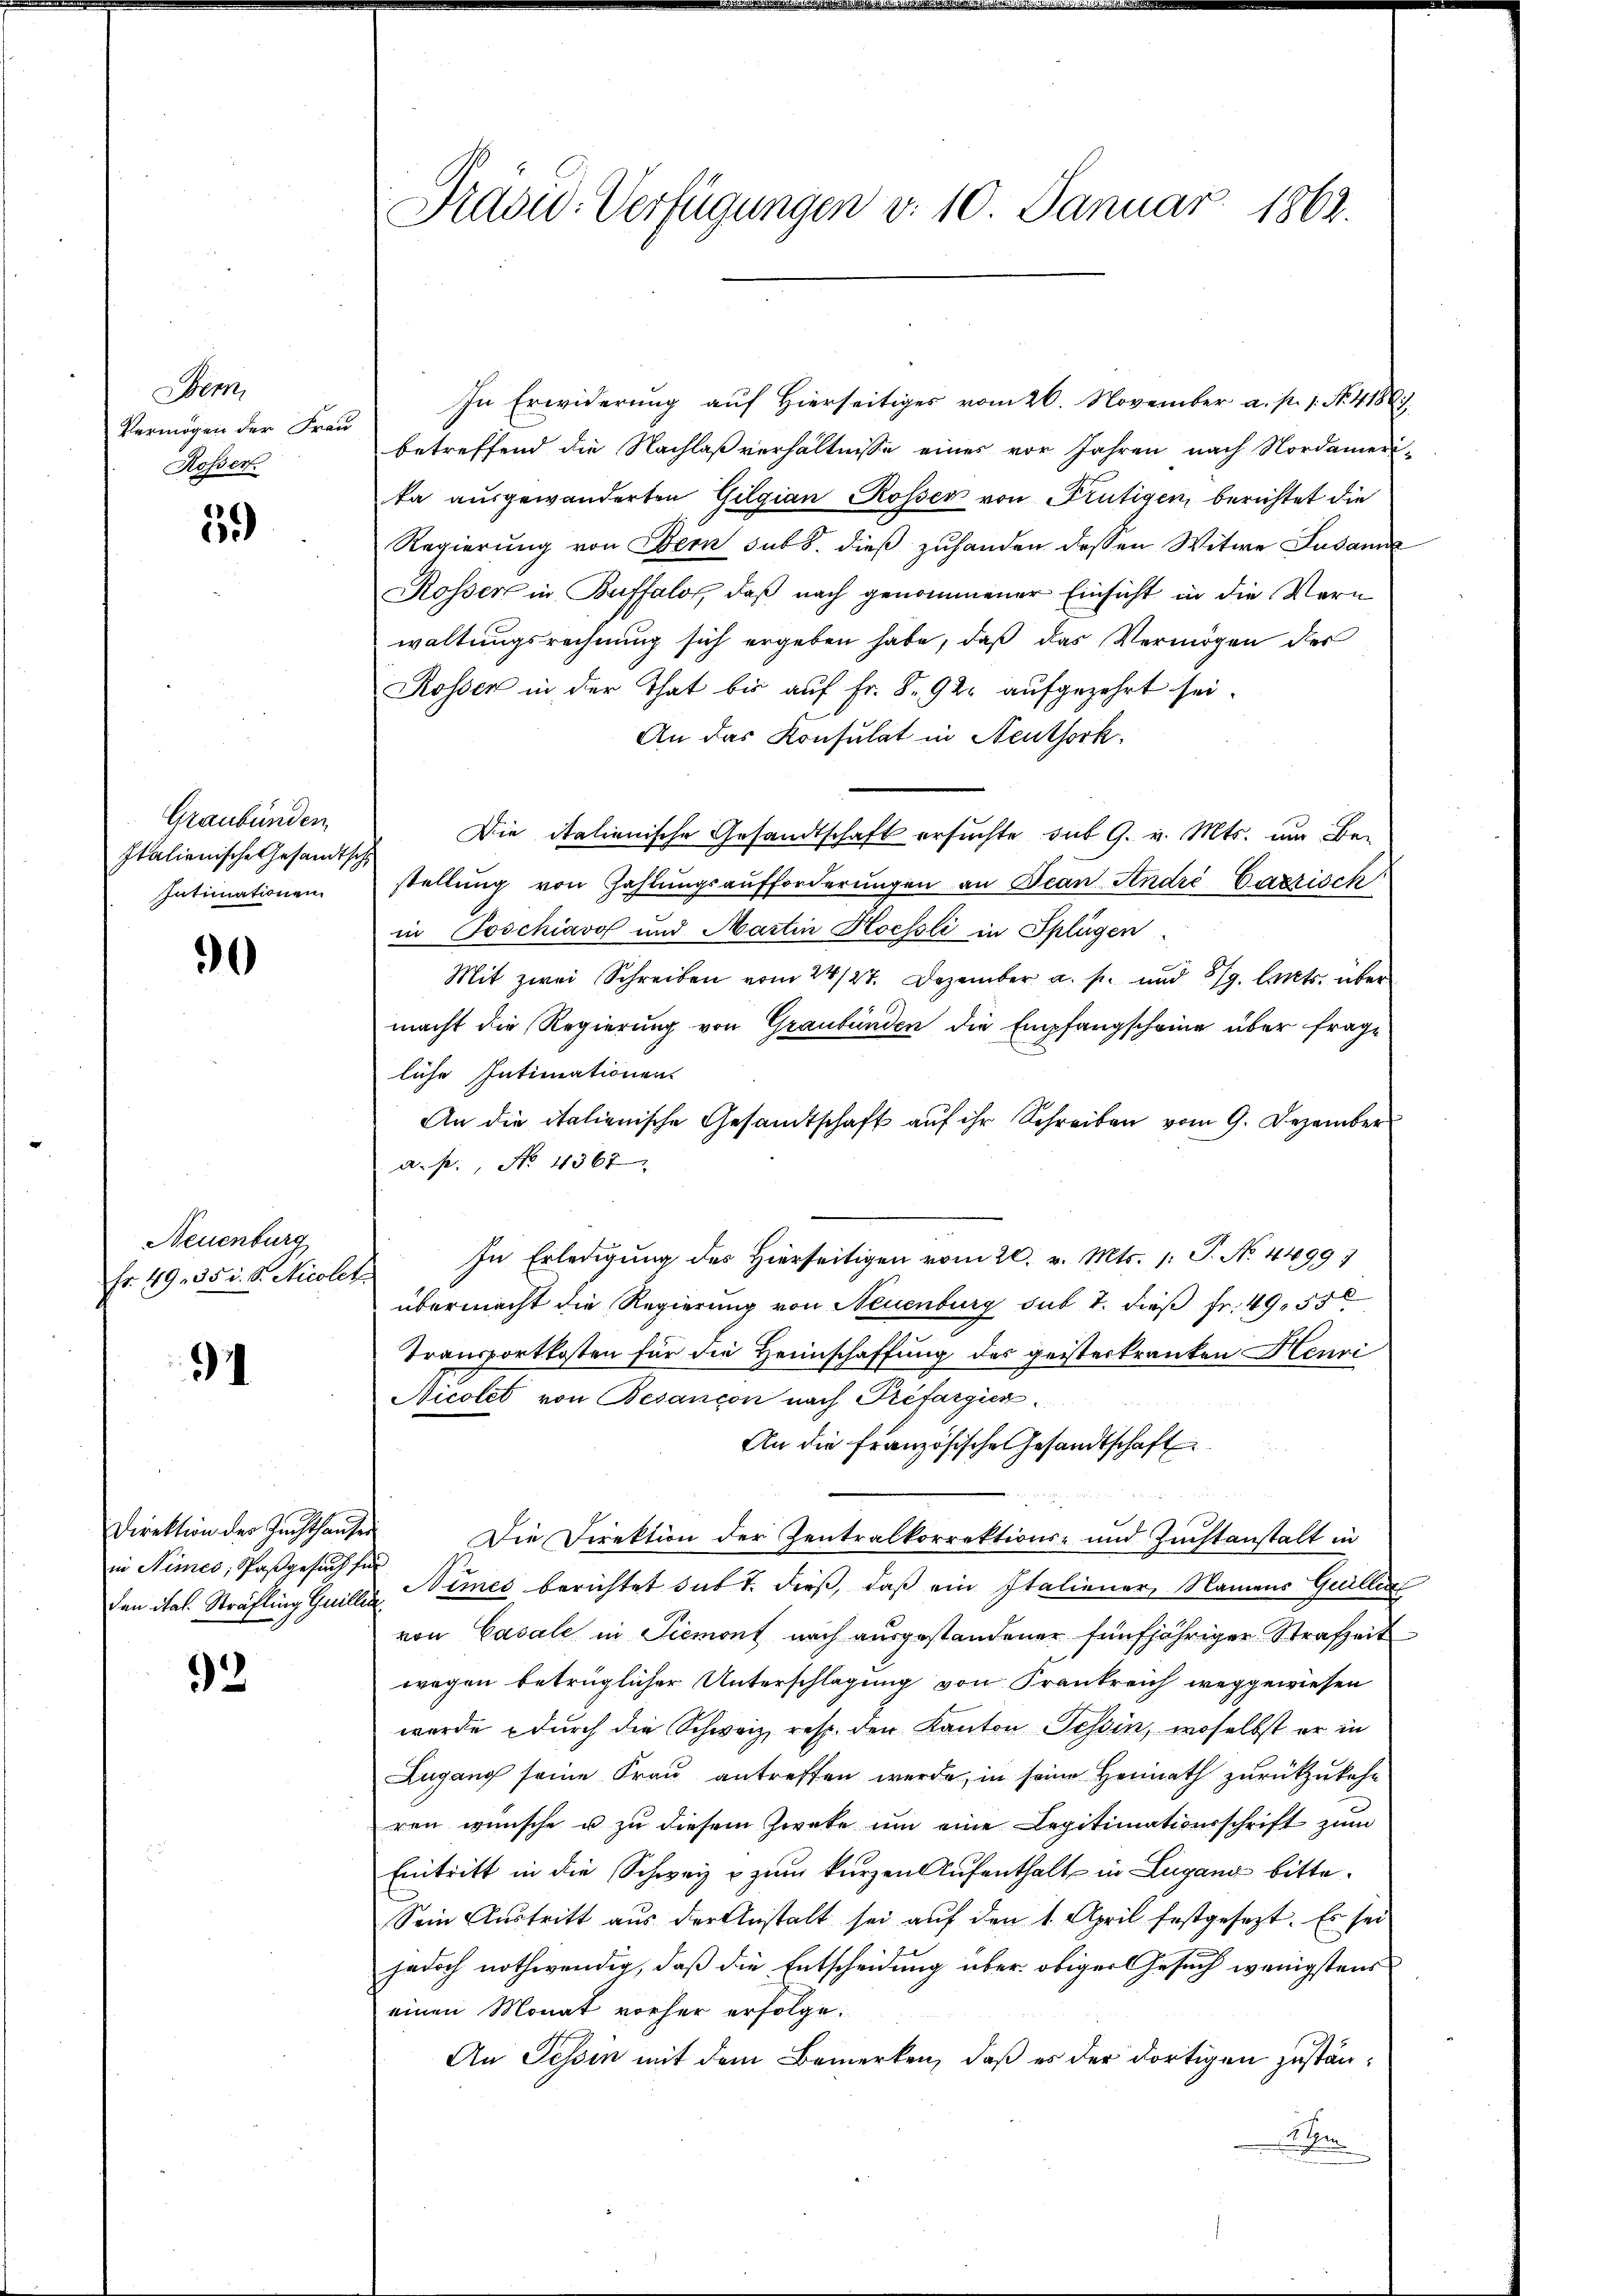
Sem
Vermögen der Frau
Rosser.

39)

Graubünden
Italienische Gesandtsche
Intimationen.

0

Neuenburg
Fr. 49. 35 v. 8. Nicolet

.

Direktion der Zuchthauser
in Nimes, Paßgesuch für

92

Präsid. Verfügungen v. 10. Januar 1862.

In Erwiderung auf Hierseitiges vom 26. November a. p. 1. No. 41887
betreffend die Nachlaßverhältnisse eines vor Jahren nach Nordamerita ausgewanderten Gilgian Rosser von Frutigen, berichtet die
Regierung von Bern sub 8. dieβ zŭ handen dessen Witwe Susanne
Rosser in Buffalos, daß nach genommener Einsicht in die Warn
waltungsrechnŭng sich ergeben habe, daß das Vermögen des
Rossen in der That bis auf Fr. S. 92. aufgezehrt sei.
An das Konsulat in Neuthork
Die italienische Gesandtschaft ersuchte sub 9. v. Mts. um Be-
stellung von Zahlungsaufforderungen an Bean André Gazzisch
in Poschiavo und Martin Hochsli in Splügen.
Mit zwei Schreiben vom 24/27. Dezember a. s. und 579. Cts. über
macht die Regierung von Graubünden die Empfangscheine über frage
liche Intimationen
An die italienische Gesandtschaft auf ihr Schreiben vom 9. Dezember
a. p., No 1367
In Erledigung des Hierseitigen vom 20. v. Mts. 1: P. No. 44997
übermacht die Regierung von Neuenburg sub 7. dieß fr. 49, 55
Transportkosten für die Heimschaffung des geisterkranken Henri
Nicolet von Besançon nach Préfargier
An die französische Gesandtschaft
Die Direktion der Zentralkorrektions- und Zuchtanstalt in
en Jtal. Sträfling Guillin, Simes berichtet sub 7. dieß, daß ein Italiener, Namens Guillen
von Casale in Piemont nach ausgestandener fünfjähriger Strafzeit
wegen betrüglicher Unterschlagung von Frankreich weggewiesen
wurde durch die Schweiz, resp. den Kanton Tessin, woselbst er in
Lugang seine Frau antreffen werde, in seine Heimath zurückzukehr
ren wünsche u. zu diesem Zweke um eine Legitimationsschrift zum
Eintritt in die Schweiz u. zum kurzen Aufenthalt in Lugang bitte.
Sein Aŭstritt aus der Anstalt sei aŭf den 1. April festgesezt. Es sei
jedoch nothwendig, daß die Entscheidung über obiger Gesuch wenigstens
einen Monat vorher erfolge.
An Tessin mit dem Bemerken, daß es der dortigen zustäne